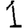
Digit: 1